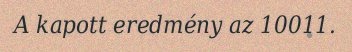
A kapott eredmény az 10011.